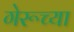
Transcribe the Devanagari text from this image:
गेरूच्या